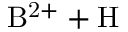
\mathrm { B ^ { 2 + } + H }